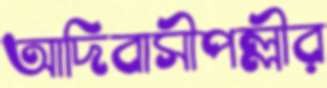
আদিবাসীপল্লীর